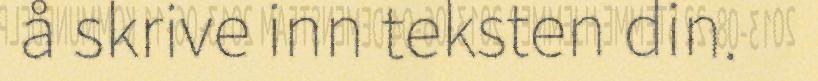
å skrive inn teksten din.